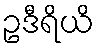
ဥဒီရိယိ